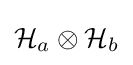
{\mathcal {H}}_{a}\otimes {\mathcal {H}}_{b}